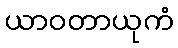
ယာဝတာယုကံ